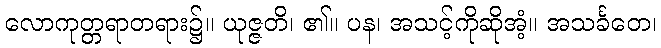
လောကုတ္တရာတရား၌။ ယုဇ္ဇတိ၊ ၏။ ပန၊ အသင့်ကိုဆိုအံ့။ အသင်္ခတေ၊